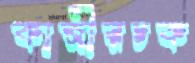
কাজীরচক